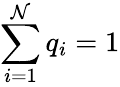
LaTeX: \sum_{i=1}^{\mathcal{N}}q_{i}=1